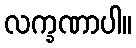
လက္ခဏာပါ။